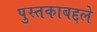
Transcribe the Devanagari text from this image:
पुस्तकाबद्दले